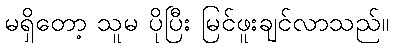
မရှိတော့ သူမ ပိုပြီး မြင်ဖူးချင်လာသည်။